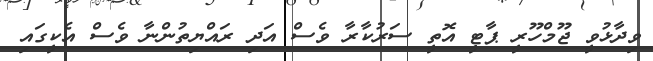
ވިދާޅުވީ ޖޫމްހޫރީ ޕާޓީ އޮތީ ސަރުކާރާ ވެސް އަދި ރައްޔިތުންނާ ވެސް އެކީގައި